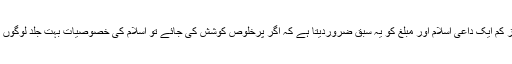
سیرت کا مطالعہ کم از کم ایک داعی اسلام اور مبلغ کو یہ سبق ضروردیتا ہے کہ اگر پرخلوص کوشش کی جائے تو اسلام کی خصوصیات بہت جلد لوگوں کو متاثر کر دیتی ہیں۔